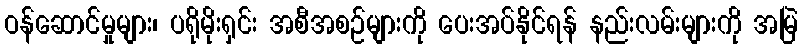
ဝန်ဆောင်မှုများ၊ ပရိုမိုးရှင်း အစီအစဉ်များကို ပေးအပ်နိုင်ရန် နည်းလမ်းများကို အမြဲ